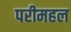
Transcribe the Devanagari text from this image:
परीमहल